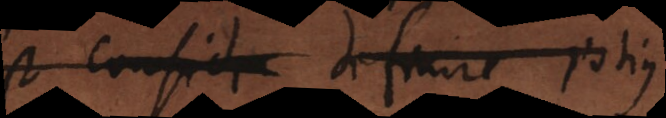
est conside definire potius